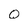
Character: Q